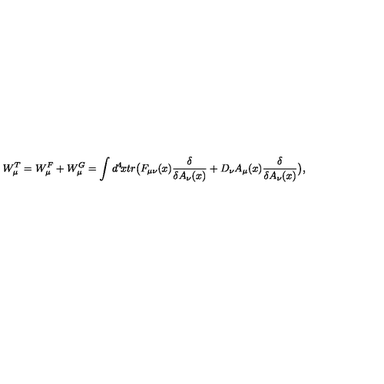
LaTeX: W _ { \mu } ^ { T } = W _ { \mu } ^ { F } + W _ { \mu } ^ { G } = \int d ^ { 4 } \! x t r \big ( F _ { \mu \nu } ( x ) { \frac { \delta } { \delta A _ { \nu } ( x ) } } + D _ { \nu } A _ { \mu } ( x ) { \frac { \delta } { \delta A _ { \nu } ( x ) } } \big ) ,